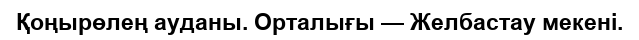
Қоңырөлең ауданы. Орталығы — Желбастау мекені.